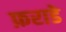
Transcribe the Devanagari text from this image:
फ़राडे